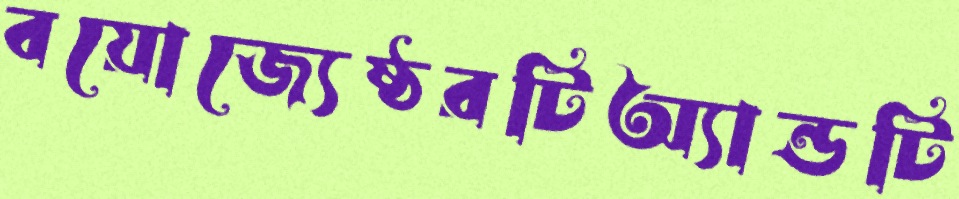
বয়োজ্যেষ্ঠরটিঅ্যান্ডটি